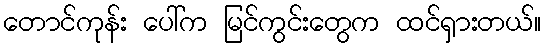
တောင်ကုန်း ပေါ်က မြင်ကွင်းတွေက ထင်ရှားတယ်။